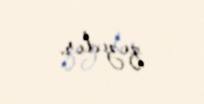
qızıdır.